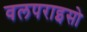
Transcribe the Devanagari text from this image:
वलपराइसो